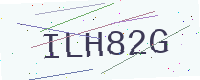
Text: ILH82G